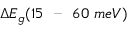
\Delta E _ { g } ( 1 5 \ \textrm { -- } \ 6 0 \ m e V )